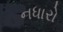
નધારો